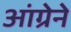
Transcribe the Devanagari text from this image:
आंग्रेने